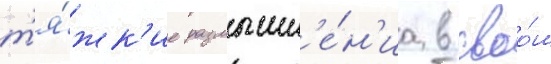
т'я́жк'ие размышл'е́н'иа в своо́м